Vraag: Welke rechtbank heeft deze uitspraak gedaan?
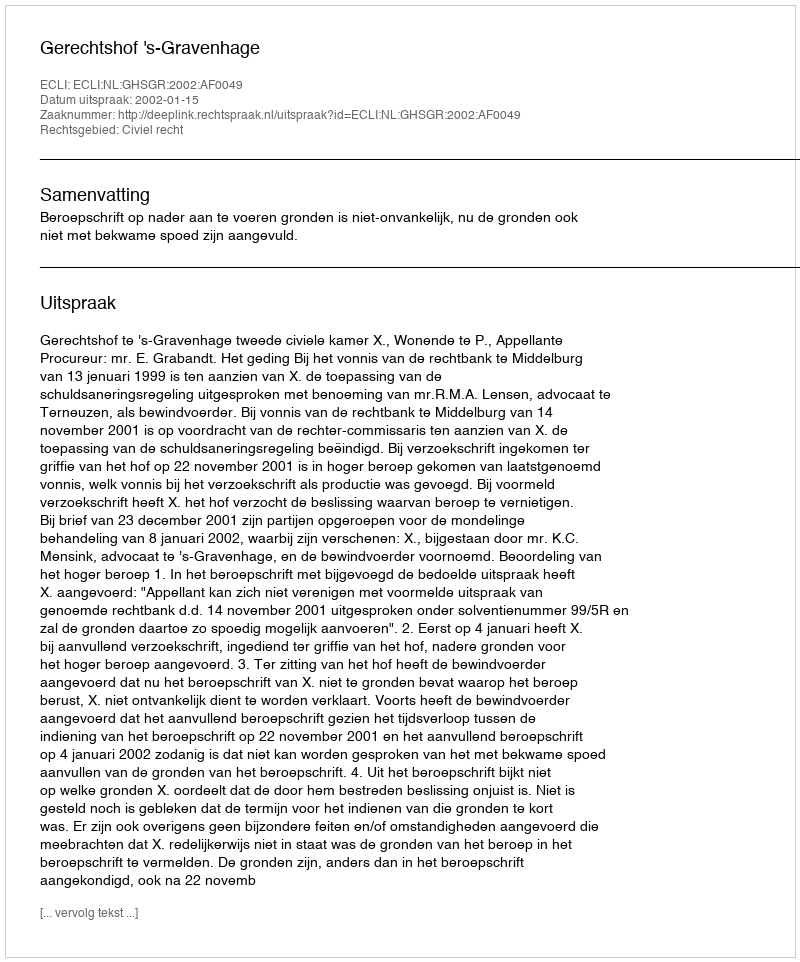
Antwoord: Gerechtshof 's-Gravenhage